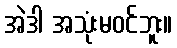
အဲဒါ အသုံးမဝင်ဘူး။